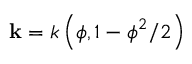
\mathbf { k } = k \left( \boldsymbol { \phi } , 1 - \boldsymbol { \phi } ^ { 2 } / 2 \right)